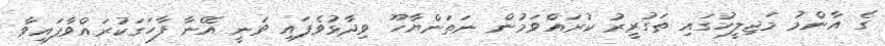
ގެ އާންމު މަޖިލީހުގައި ތަގުރީރު ކުރައްވަމުން ނަތަންޔާހޫ ވިދާޅުވެފައި ވަނީ އޭނާ ފާހަގަކުރައްވާފައިވާ